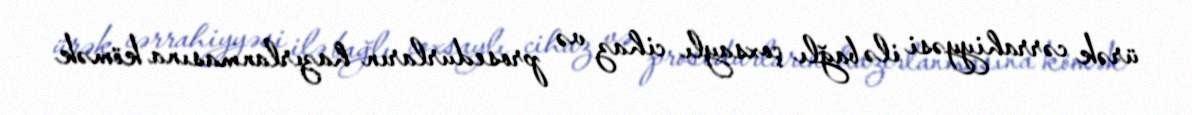
ürək cərrahiyyəsi ilə bağlı çoxsaylı cihaz və prosedurların hazırlanmasına kömək